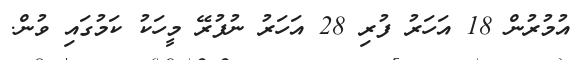
އުމުރުން 18 އަހަރު ފުރި 28 އަހަރު ނުފުރޭ މީހަކު ކަމުގައި ވުން.